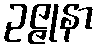
ဥဇ္ဇုနာ